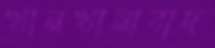
খানখানাবাদ